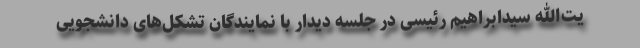
یت‌الله سیدابراهیم رئیسی در جلسه دیدار با نمایندگان تشکل‌های دانشجویی